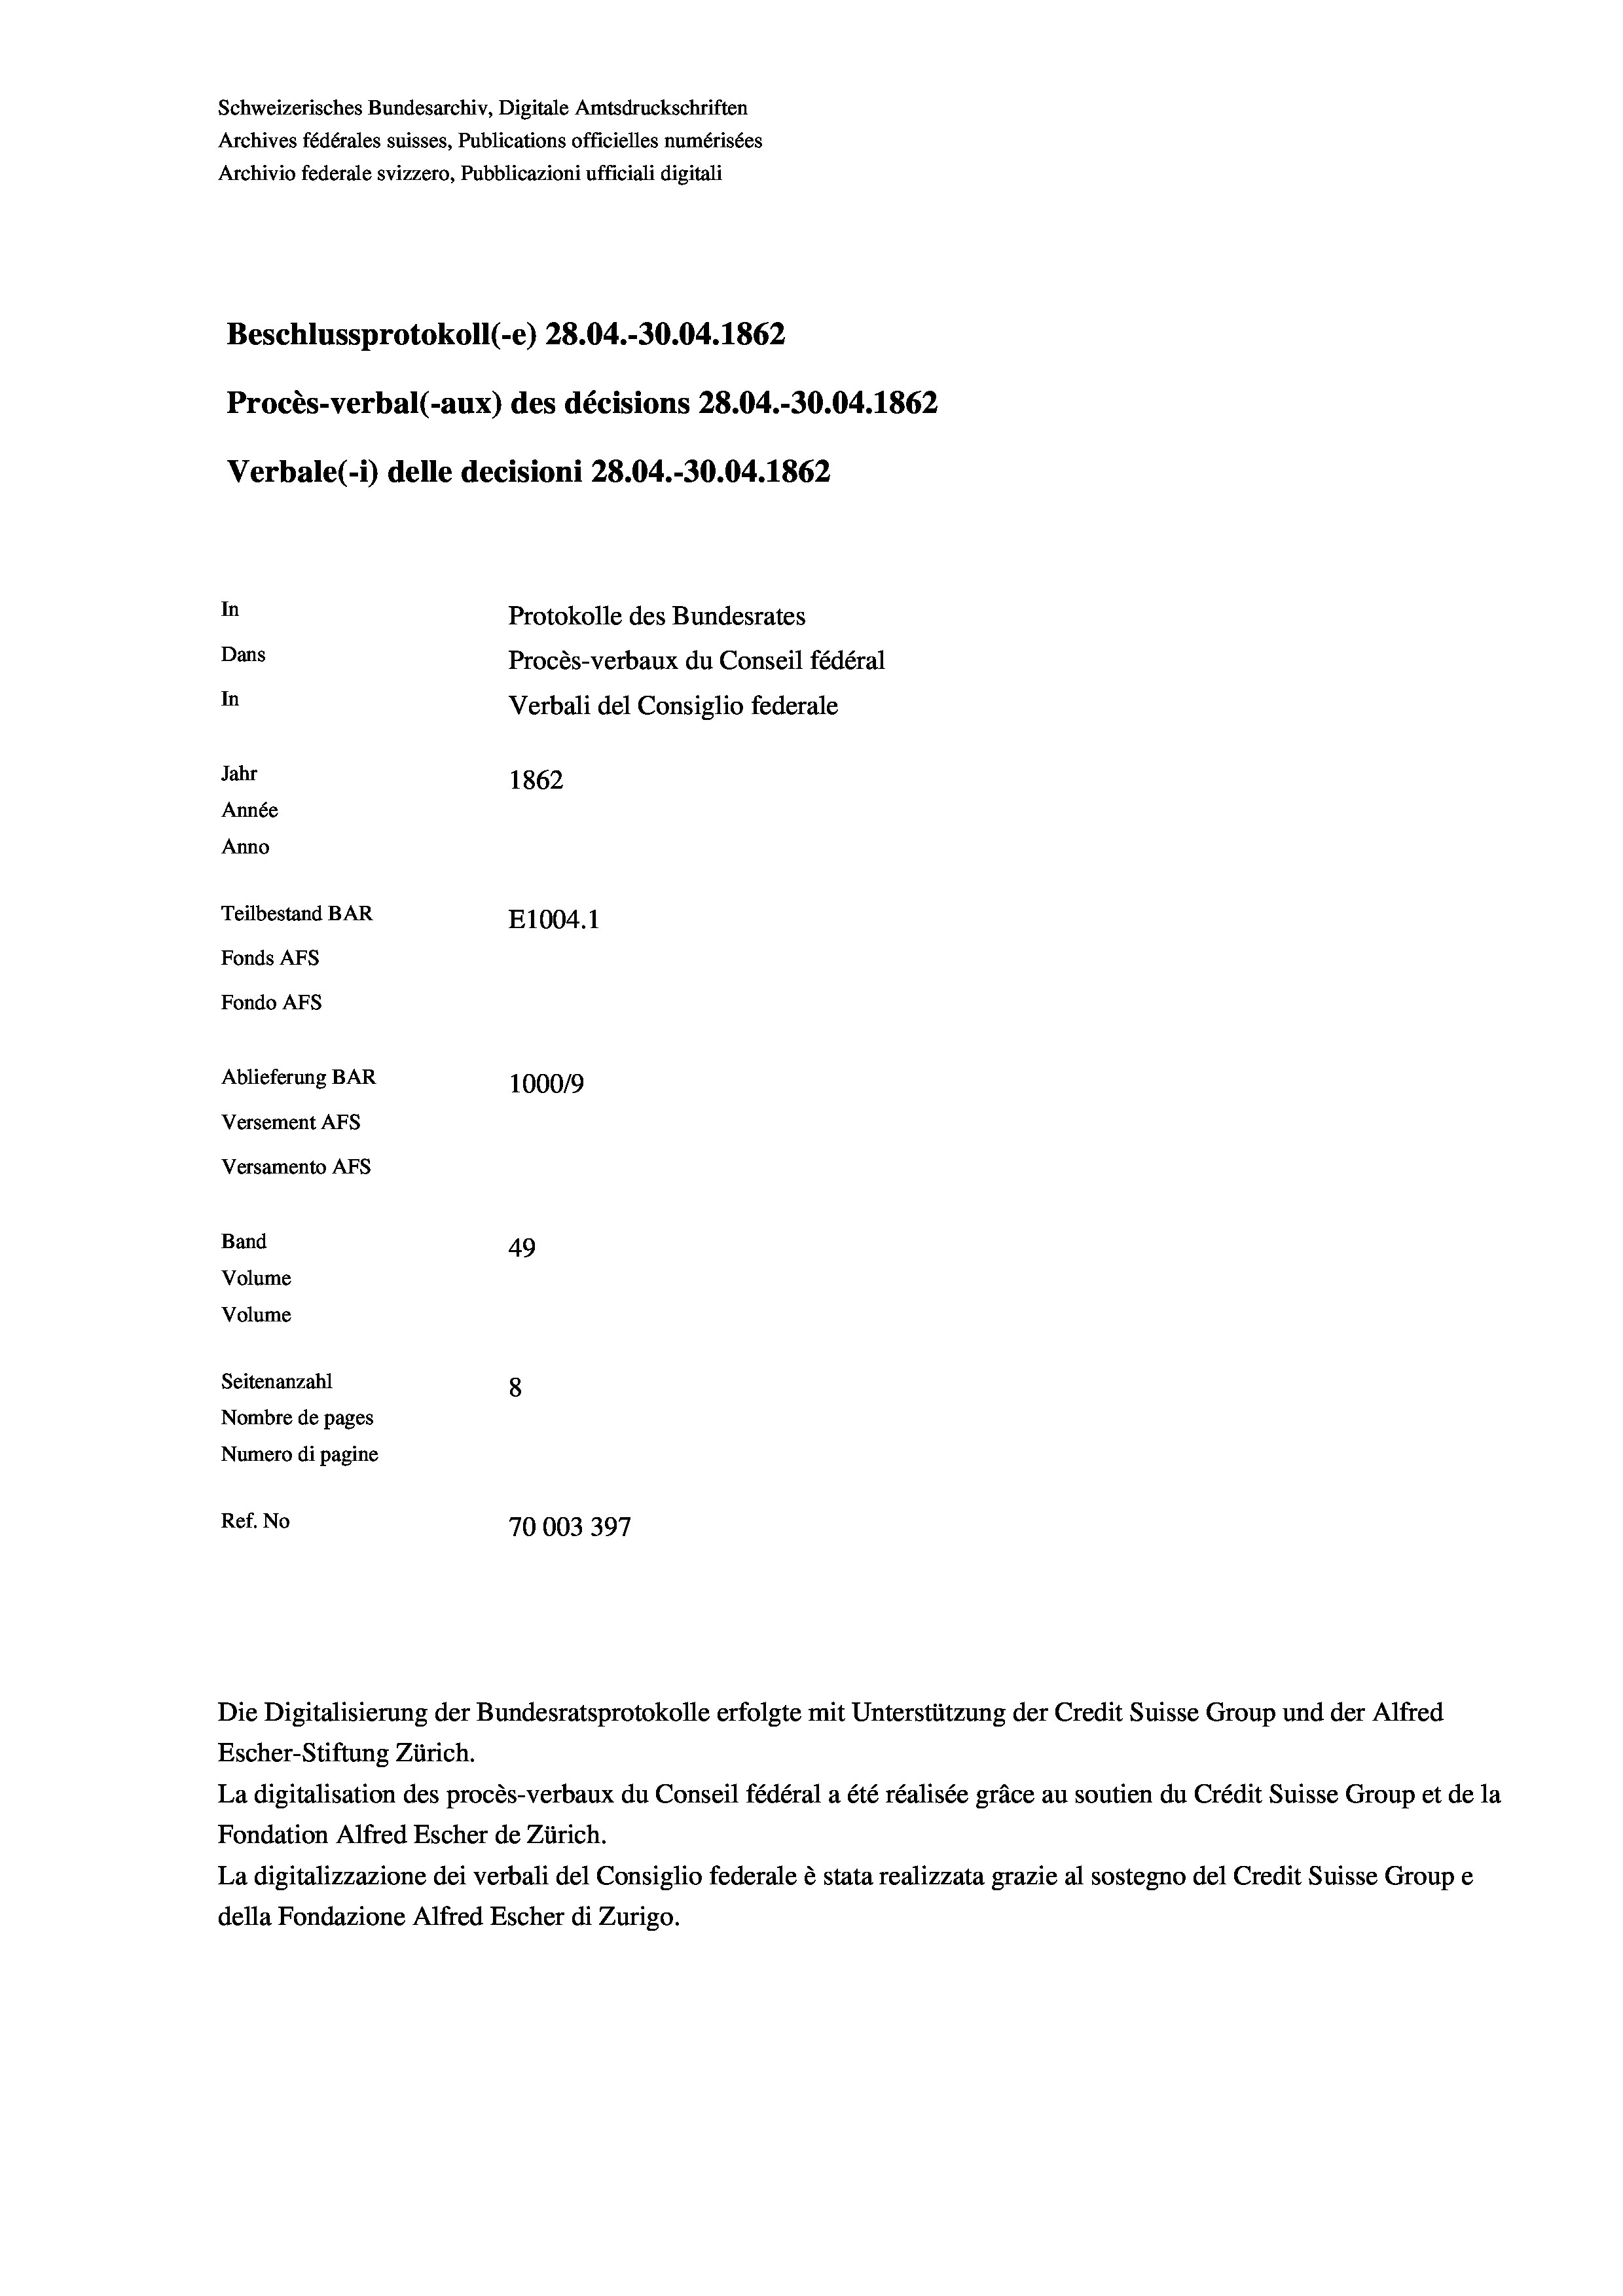
Schweizerisches Bundesarchiv, Digitale Amtsdruckschriften
Archives fédérales suisses, Publications officielles numérisées
Archivio federale svizzero, Pubblicazioni ufficiali digitali
Beschlussprotokoll (-e) 28.04.-30.04. 1862
Procès-verbal (-aux) des décisions 28.04.-30.04. 1862
Verbale (- 1) delle decisioni 28.04.-30.04. 1862
In
Protokolle des Bundesrates
Dans
Procès-verbaux du Conseil fédéral
In
Verbali del Consiglio federale
Jahr
1862
Année
Anno
Teilbestand BAR
E1004.1
Fonds AFs
Fondo Afs
Ablieferung BAR
100019
Versement AFs
Versamento Afs
Band
49
Volume
Volume
Seitenanzahl
8

Nombre de pages
Numero di pagine
Ref. No
70003397

Escher-Stiftung Zürich.
La digitalisation des procès-verbaux du Conseil fédéral a été réalisée gräce au soutien du Crédit Suisse Group et de la
Fondation Alfred Escher de Zürich.
La digitalizzazione dei verbali del Consiglio federale è stata realizzata grazie al sostegno del Credit Suisse Groupe
della Fondazione Alfred Escher di Zurigo.

Die Digitalisierung der Bundesratsprotokolle erfolgte mit Unterstützung der Credit Suisse Group und der Alfred